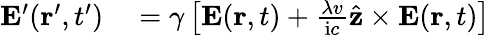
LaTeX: \begin{array}{rl}{\mathbf{E}^{\prime}(\mathbf{r}^{\prime},t^{\prime})}&{{}=\gamma\left[\mathbf{E}(\mathbf{r},t)+\frac{\lambda v}{\mathrm{i}c}\hat{\mathbf{z}}\times\mathbf{E}(\mathbf{r},t)\right]}\end{array}